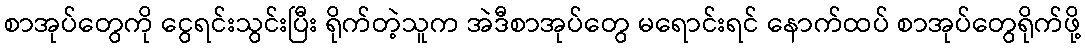
စာအုပ်တွေကို ငွေရင်းသွင်းပြီး ရိုက်တဲ့သူက အဲဒီစာအုပ်တွေ မရောင်းရင် နောက်ထပ် စာအုပ်တွေရိုက်ဖို့